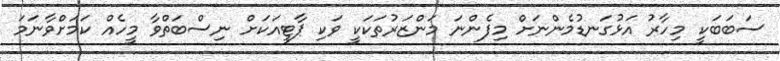
ސަބަބަކީ މިހާރު އަޅުގަނޑުމެންނަށް މިފެންނަ މަންޒަރުތަކަކީ ވަކި ޕާޓީއަކަށް ނިސްބަތްވާ މީހެއް ކަމަށްވާނަމަ